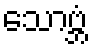
သောဗ္ဘံ